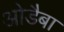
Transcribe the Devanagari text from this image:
ओडैबा